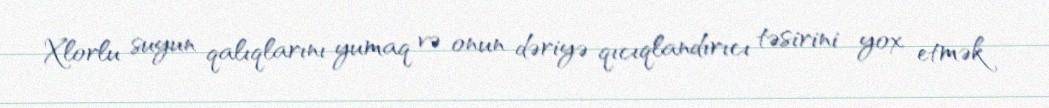
Xlorlu suyun qalıqlarını yumaq və onun dəriyə qıcıqlandırıcı təsirini yox etmək